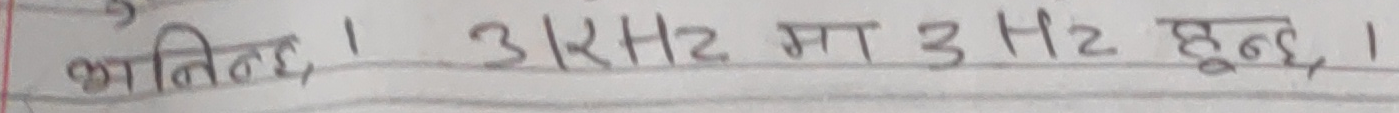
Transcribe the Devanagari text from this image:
भान्ति । 3KHz मा 3 Hz हुन्छ ।